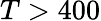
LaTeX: T>400